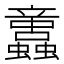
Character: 𧕢